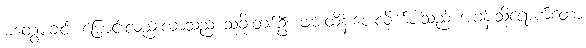
မတွေ့မချင်း ပြောင်းလည်းလာသည် သူခိုးတစ်ဦး ဖမ်းထိန်းပေးလိုက်ပါသည် အခန်းသို့ရောက်တော့